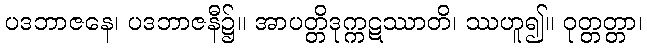
ပဒဘာဇနေ၊ ပဒဘာဇနီ၌။ အာပတ္တိဒုက္ကဋဿာတိ၊ ဿဟူ၍။ ဝုတ္တတ္တာ၊